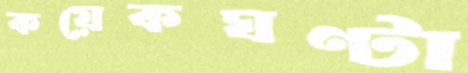
কয়েকঘণ্টা